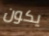
يكون